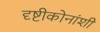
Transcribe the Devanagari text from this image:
दृष्टीकोनांशी